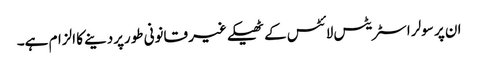
ان پر سولر اسٹریٹس لائٹس کے ٹھیکے غیر قانونی طورپردینے کا الزام ہے۔